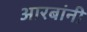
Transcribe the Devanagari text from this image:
आरबांनी